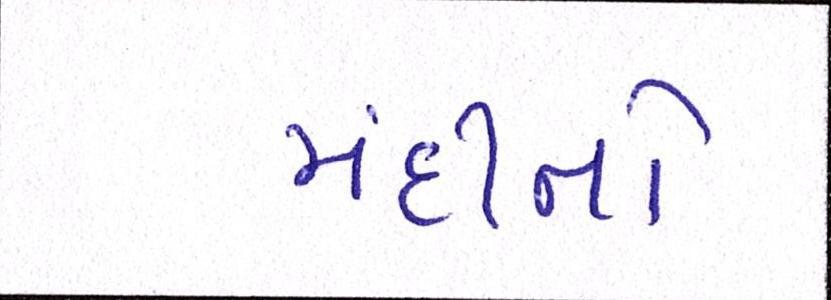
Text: મંદીનો